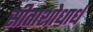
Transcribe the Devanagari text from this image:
सीताशोधार्ध